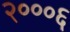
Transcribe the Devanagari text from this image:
२०००६